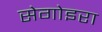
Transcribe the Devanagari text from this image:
सेगोइरा